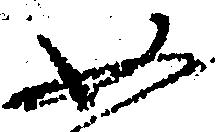
如